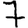
Digit: 7